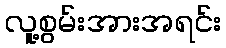
လူ့စွမ်းအားအရင်း